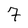
Character: 7